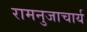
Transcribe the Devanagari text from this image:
रामनुजाचार्य